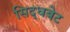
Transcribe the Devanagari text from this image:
सिद्धबेट